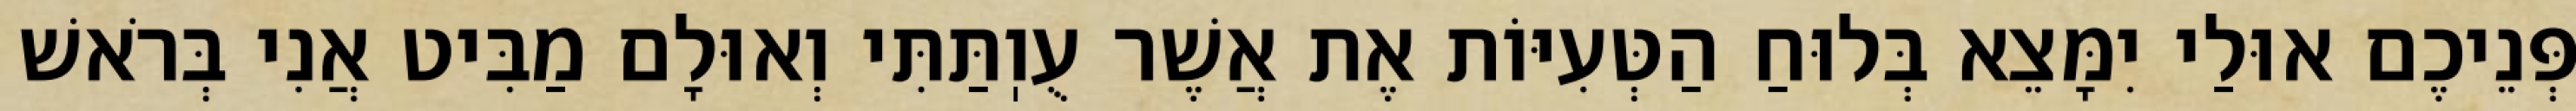
פְּנֵיכֶם אוּלַי יִמָּצֵא בְּלוּחַ הַטְּעִיּוֹת אֶת אֲשֶׁר עֻוֽתַּתִּי וְאוּלָם מַבִּיט אֲנִי בְּרֹאשׁ